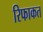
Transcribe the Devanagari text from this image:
रिफाकत